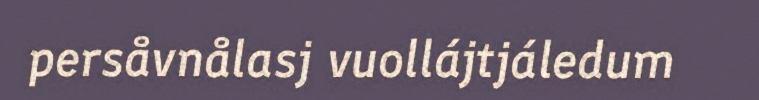
persåvnålasj vuollájtjáledum